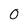
Character: 0